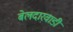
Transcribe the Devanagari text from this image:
बेलदारवाडी